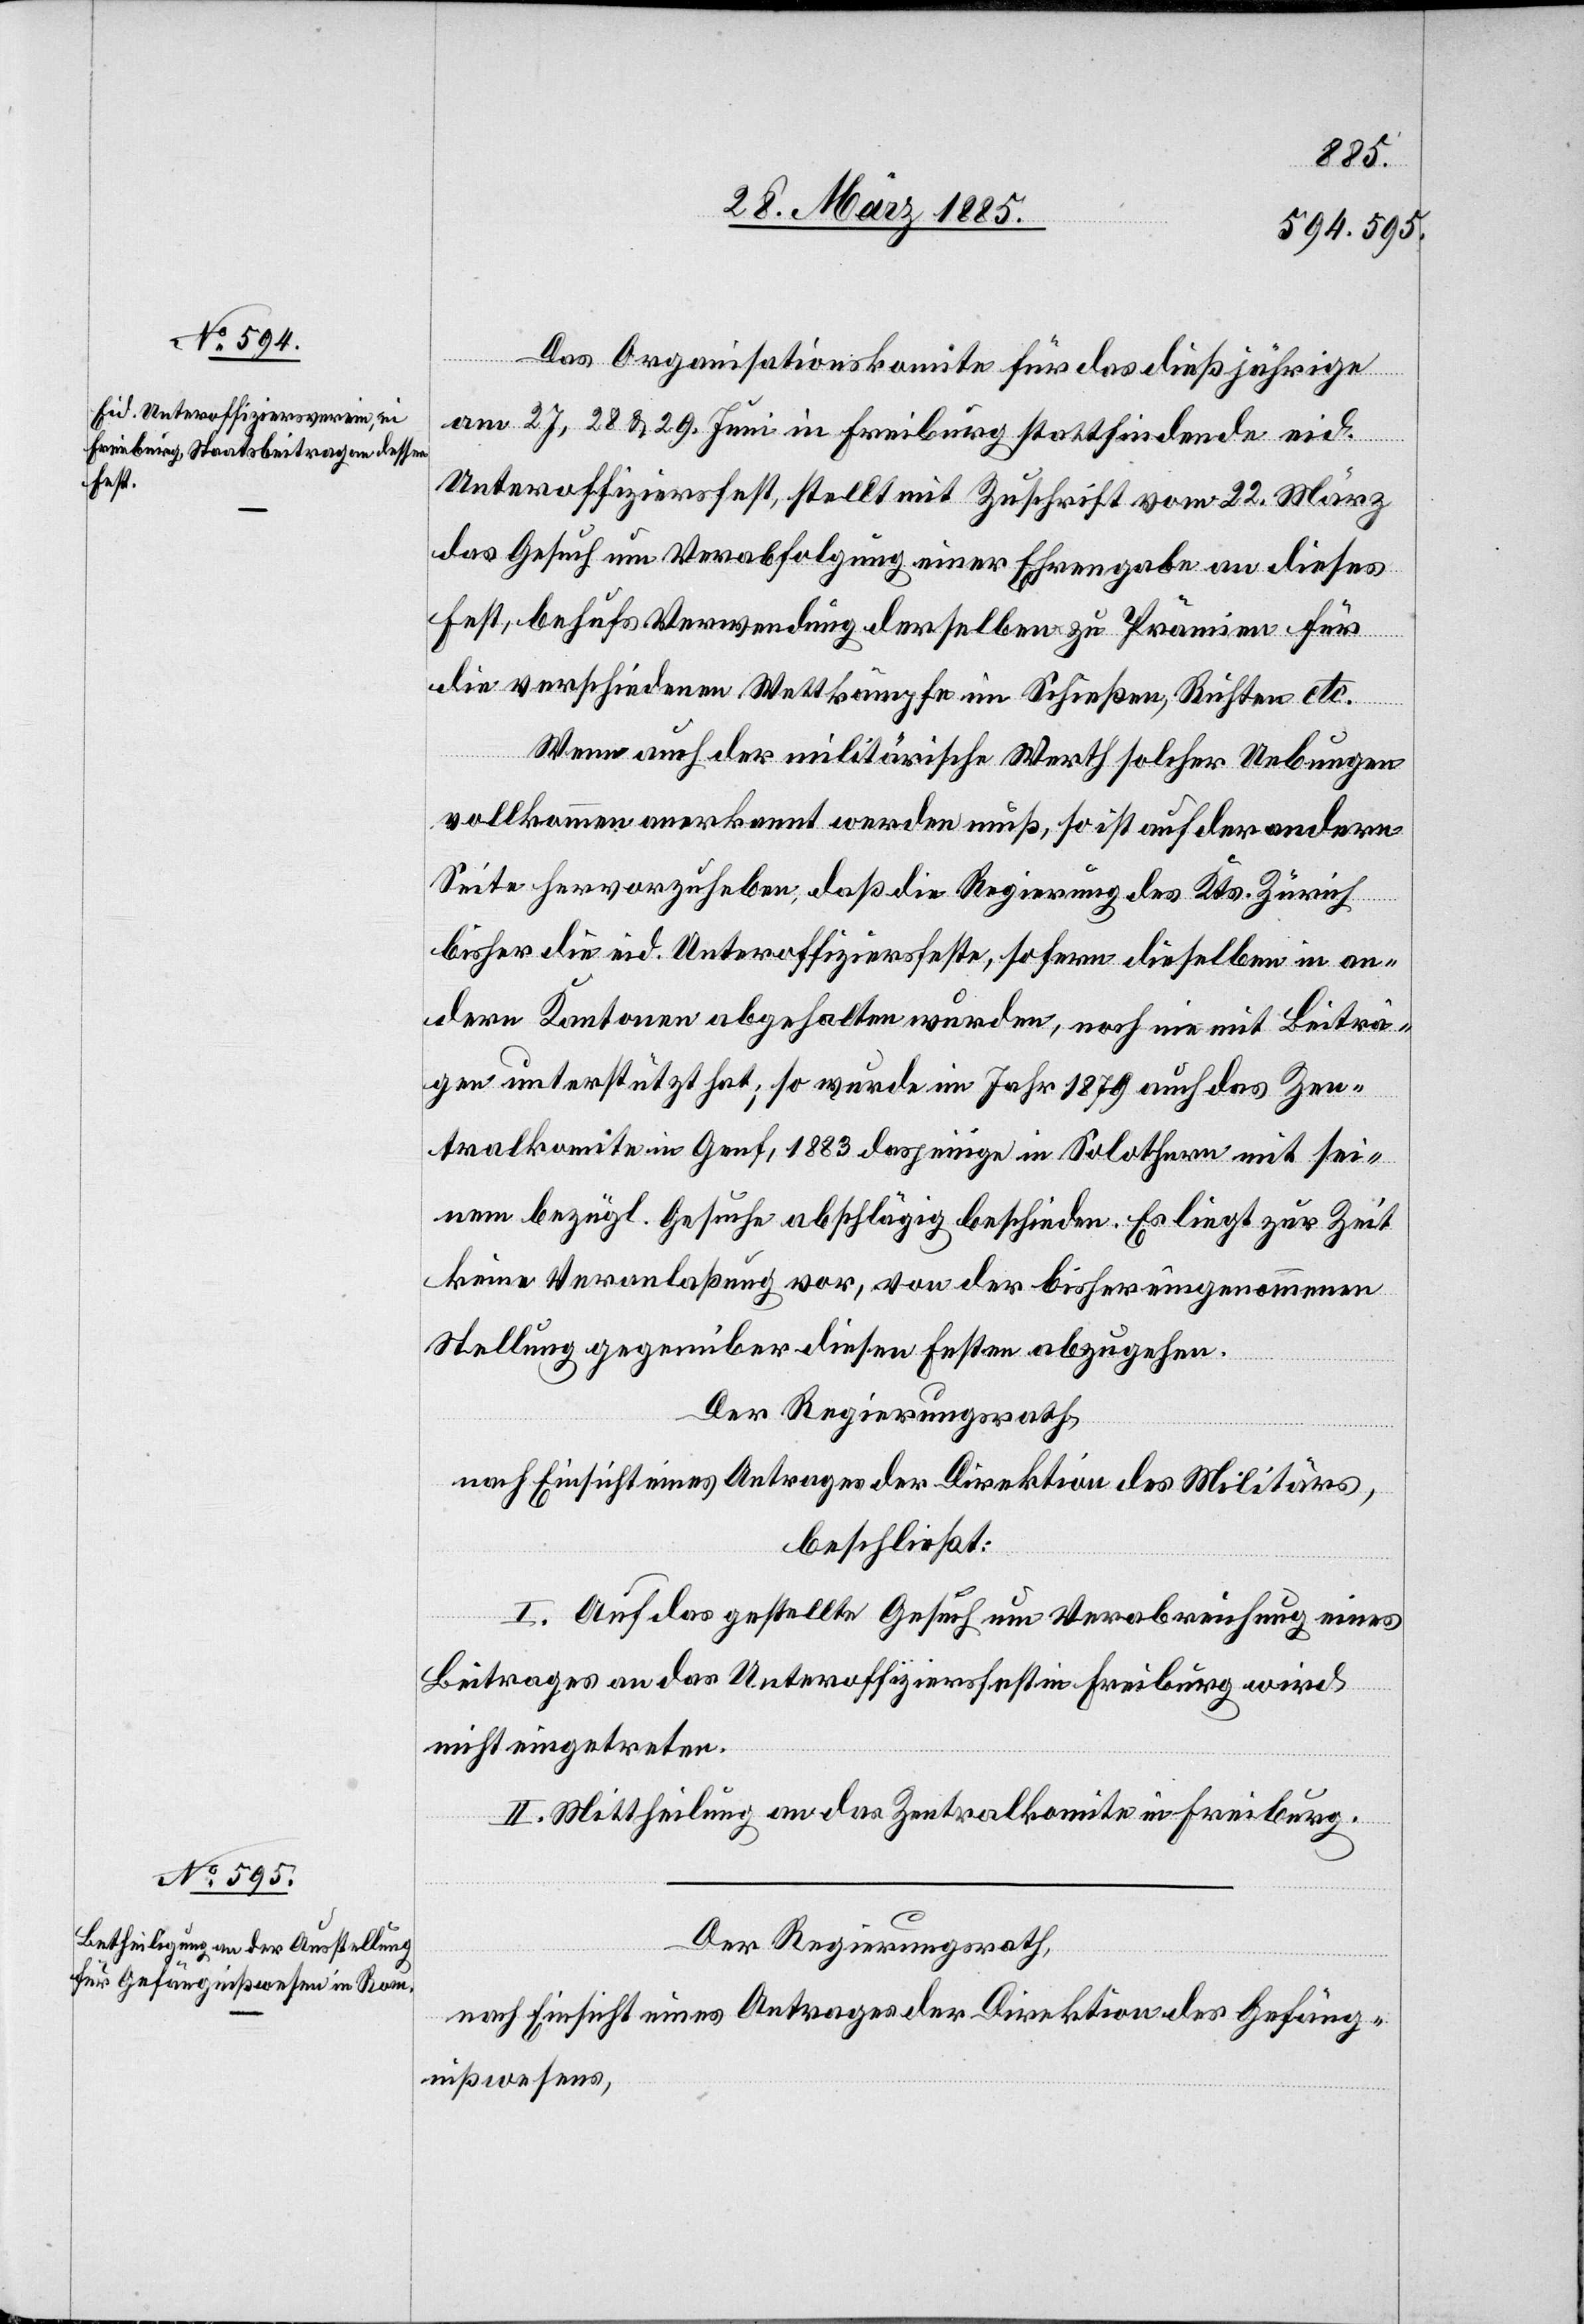
Das Organisationskomite für das dießjährige
am 27, 28 & 29. Juni in Freiburg stattfindende eid.
Unteroffiziersfest, stellt mit Zuschrift vom 22. März
das Gesuch um Verabfolgung einer Ehrengabe an dieses
Fest, behufs Verwendung derselben zu Prämien für
die verschiedenen Wettkämpfe im Schießen, Richten etc.
Wenn auch der militärische Werth solcher Uebungen
vollkommen anerkannt werden muß, so ist auf der andern
Seite hervorzuheben, daß die Regierung des Kts. Zürich
bisher die eid. Unteroffiziersfeste, sofern dieselben in an¬
dern Kantonen abgehalten wurden, noch nie mit Beiträ¬
gen unterstützt hat, so wurde im Jahr 1879 auch das Zen¬
tralkomite in Genf, 1883 dasjenige in Solothurn mit sei¬
nem bezügl. Gesuche abschlägig beschieden. Es liegt zur Zeit
keine Veranlaßung vor, von der bisher eingenommenen
Stellung gegenüber diesen Festen abzugehen.
Der Regierungsrath,
nach Einsicht eines Antrages der Direktion des Militärs,
beschließt:
I. Auf das gestellte Gesuch um Verabreichung eines
Beitrages an das Unteroffiziersfest in Freiburg wird
nicht eingetreten.
II. Mittheilung an das Zentralkomite in Freiburg.
Der Regierungsrath,
nach Einsicht eines Antrages der Direktion des Gefäng¬
nißwesens,